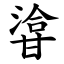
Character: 㽏